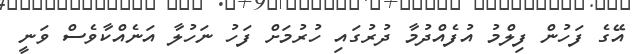
އޭގެ ފަހުން ފިލްމު އުފެއްދުމާ ދުރުގައި ހުރުމަށް ފަހު ނަހުލާ އަނެއްކާވެސް ވަނީ